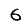
Digit: 6